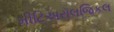
મીટિઅરૉલજિકલ